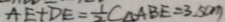
A E + D E = \frac { 1 } { 2 } C \Delta A B E = 3 . 5 c m